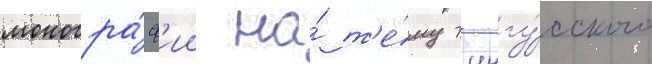
моногра́ф'ии на́ т'е́му тунгу́сского